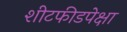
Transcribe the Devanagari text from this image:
शीटफीडपेक्षा